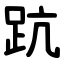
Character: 䟘